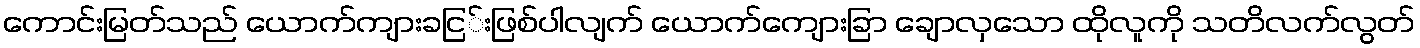
ကောင်းမြတ်သည် ယောက်ကျားခငြ်းဖြစ်ပါလျက် ယောက်ကျေားခြာ ချောလှသော ထိုလူကို သတိလက်လွတ်